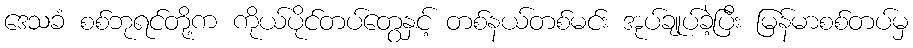
ဒေသခံ စစ်ဘုရင်တို့က ကိုယ်ပိုင်တပ်တွေနှင့် တစ်နယ်တစ်မင်း အုပ်ချုပ်ခဲ့ပြီး မြန်မာစစ်တပ်မှ